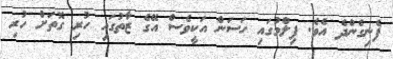
ފެނިގެންދެ އެވެ. ފިލްމުގައި ހަސަން އަކީވެސް އޭގެ ޒާތުގައި ހުރި ގޮތަށް ހުރި